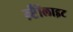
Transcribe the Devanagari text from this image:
ग्र्प्टैैोंलाइट